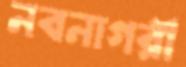
নবনাগরী